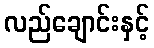
လည်ချောင်းနှင့်